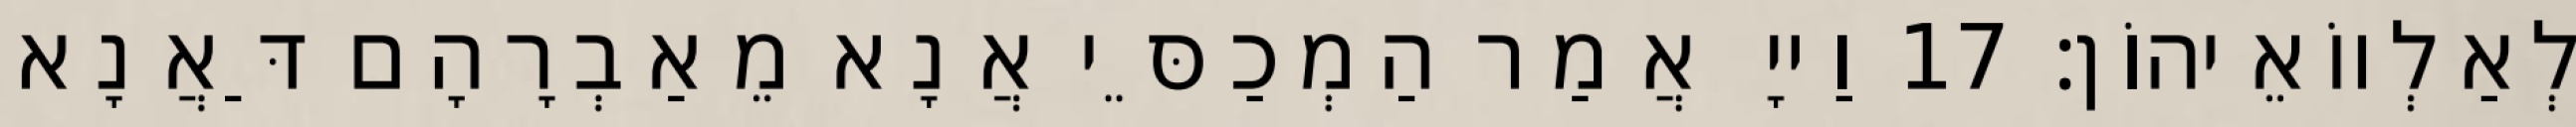
לְאַלְווֹאֵיהוֹן׃ 17 וַייָ אֲמַר הַמְכַסֵּי אֲנָא מֵאַבְרָהָם דַּאֲנָא